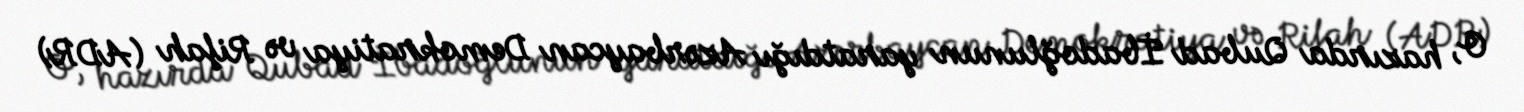
O, hazırda Qubad İbadoğlunun yaratdığı Azərbaycan Demokratiya və Rifah (ADR)